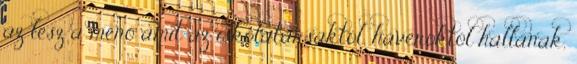
az lesz a menő amit az iskolatársaktól, haveroktól hallanak,